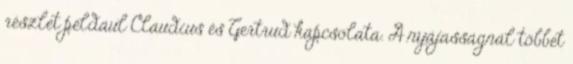
részlet például Claudius és Gertrud kapcsolata. A nyájasságnál többet